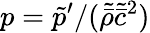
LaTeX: p=\tilde{p}^{\prime}/(\tilde{\bar{\rho}}\tilde{\bar{c}}^{2})